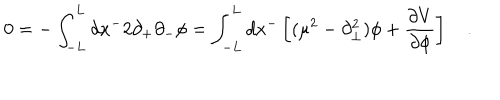
LaTeX: 0 = - \int _ { - L } ^ { L } d x ^ { - } 2 \partial _ { + } \partial _ { - } \phi = \int _ { - L } ^ { L } d x ^ { - } \left[ ( \mu ^ { 2 } - \partial _ { \bot } ^ { 2 } ) \phi + \frac { \partial V } { \partial \phi } \right] \quad .